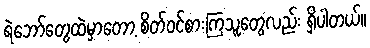
ရဲဘော်တွေထဲမှာတော့ စိတ်ဝင်စားကြသူတွေလည်း ရှိပါတယ်။